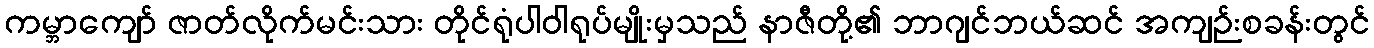
ကမ္ဘာကျော် ဇာတ်လိုက်မင်းသား တိုင်ရုံပါဝါရုပ်မျိုးမှသည် နာဇီတို့၏ ဘာဂျင်ဘယ်ဆင် အကျဉ်းစခန်းတွင်